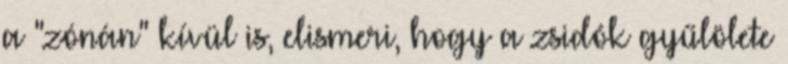
a "zónán" kívül is, elismeri, hogy a zsidók gyűlölete